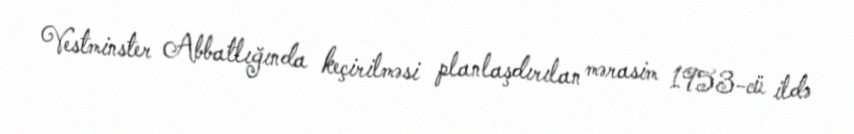
Vestminster Abbatlığında keçirilməsi planlaşdırılan mərasim 1953-cü ildə